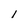
Character: l